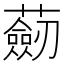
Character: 𧂆